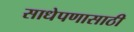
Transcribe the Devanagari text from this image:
साधेपणासाठी